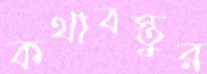
কথাবস্তুর